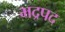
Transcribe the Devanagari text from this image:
भद्रपद